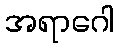
အရာဂေါ